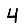
Digit: 4